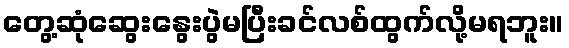
တွေ့ဆုံဆွေးနွေးပွဲမပြီးခင်လစ်ထွက်လို့မရဘူး။